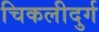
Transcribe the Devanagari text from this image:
चिकलीदुर्ग